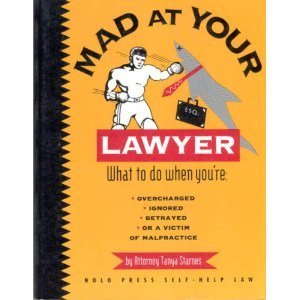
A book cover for Mad at Your Lawyer? (Nolo Press Self-Help Law); Tanya Starnes; Law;